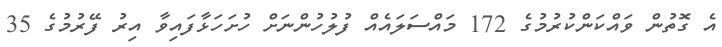
އެ ގޮތުން ވައްކަންކުރުމުގެ 172 މައްސަލައެއް ފުލުހުންނަށް ހުށަހަޅާފައިވާ އިރު ފޭރުމުގެ 35